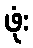
ဖုံး